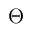
\Theta